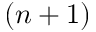
( n + 1 )